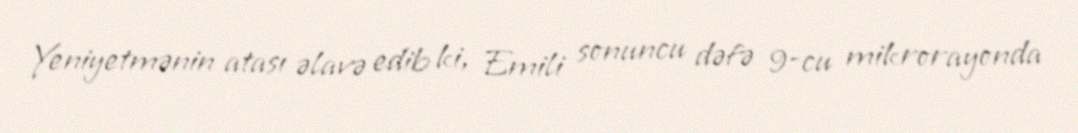
Yeniyetmənin atası əlavə edib ki, Emili sonuncu dəfə 9-cu mikrorayonda